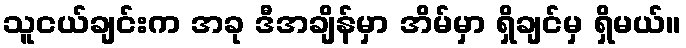
သူငယ်ချင်းက အခု ဒီအချိန်မှာ အိမ်မှာ ရှိချင်မှ ရှိမယ်။